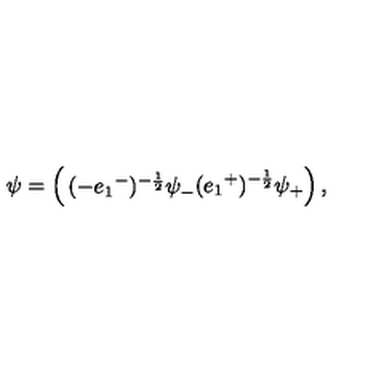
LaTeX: \psi = \left( \begin{matrix} { ( - e _ { 1 } { } ^ { - } ) ^ { - \frac { 1 } { 2 } } \psi _ { - } } \\ { ( e _ { 1 } { } ^ { + } ) ^ { - \frac { 1 } { 2 } } \psi _ { + } } \\ \end{matrix} \right) ,